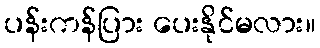
ပန်းကန်ပြား ပေးနိုင်မလား။